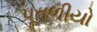
પૂતળીયો